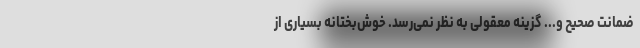
ضمانت صحیح و... گزینه معقولی به نظر نمی‌رسد. خوش‌بختانه بسیاری از